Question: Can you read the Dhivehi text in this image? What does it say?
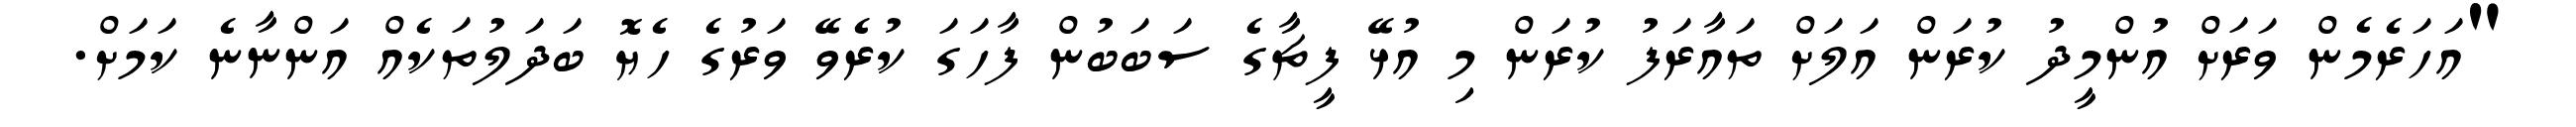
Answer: "އަހަރެމެން ވަރަށް އުންމީދު ކުރަން އަލަށް ތައާރަފު ކުރަން މި އުޅޭ ފީޗާގެ ސަބަބުން ފާހަގަ ކުރެވޭ ވަރުގެ ހެޔޮ ބަދަލުތަކެއް އަންނާނެ ކަމަށް.